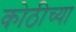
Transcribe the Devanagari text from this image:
कोठीच्या